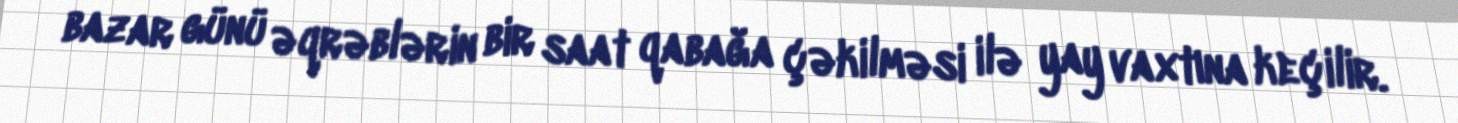
bazar günü əqrəblərin bir saat qabağa çəkilməsi ilə yay vaxtına keçilir.